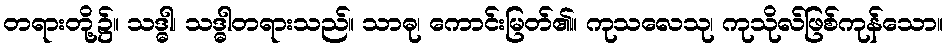
တရားတို့၌။ သဒ္ဓါ၊ သဒ္ဓါတရားသည်။ သာဓု၊ ကောင်းမြတ်၏။ ကုသလေသု၊ ကုသိုလ်ဖြစ်ကုန်သော။